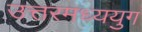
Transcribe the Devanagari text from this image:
उत्तरमध्ययुग